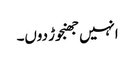
انہیں جھنجوڑ دوں۔